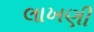
લાખણી